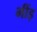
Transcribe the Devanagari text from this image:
भींड़